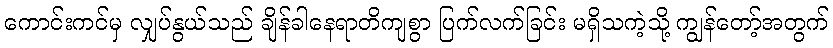
ကောင်းကင်မှ လျှပ်နွယ်သည် ချိန်ခါနေရာတိကျစွာ ပြက်လက်ခြင်း မရှိသကဲ့သို့ ကျွန်တော့်အတွက်